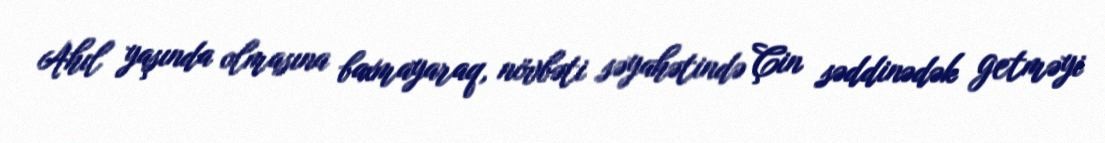
Ahıl yaşında olmasına baxmayaraq, növbəti səyahətində Çin səddinədək getməyi